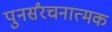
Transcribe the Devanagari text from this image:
पुनर्संरचनात्मक